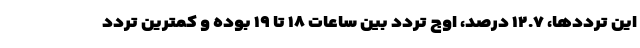
این ترددها، ۱۲.۷ درصد، اوج تردد بین ساعات ۱۸ تا ۱۹ بوده و کمترین تردد